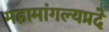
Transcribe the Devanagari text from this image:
महामांगल्यप्रदे